NAE_ERA_R-1950_Eesti_Ajakirjanike_Liit, lk 56
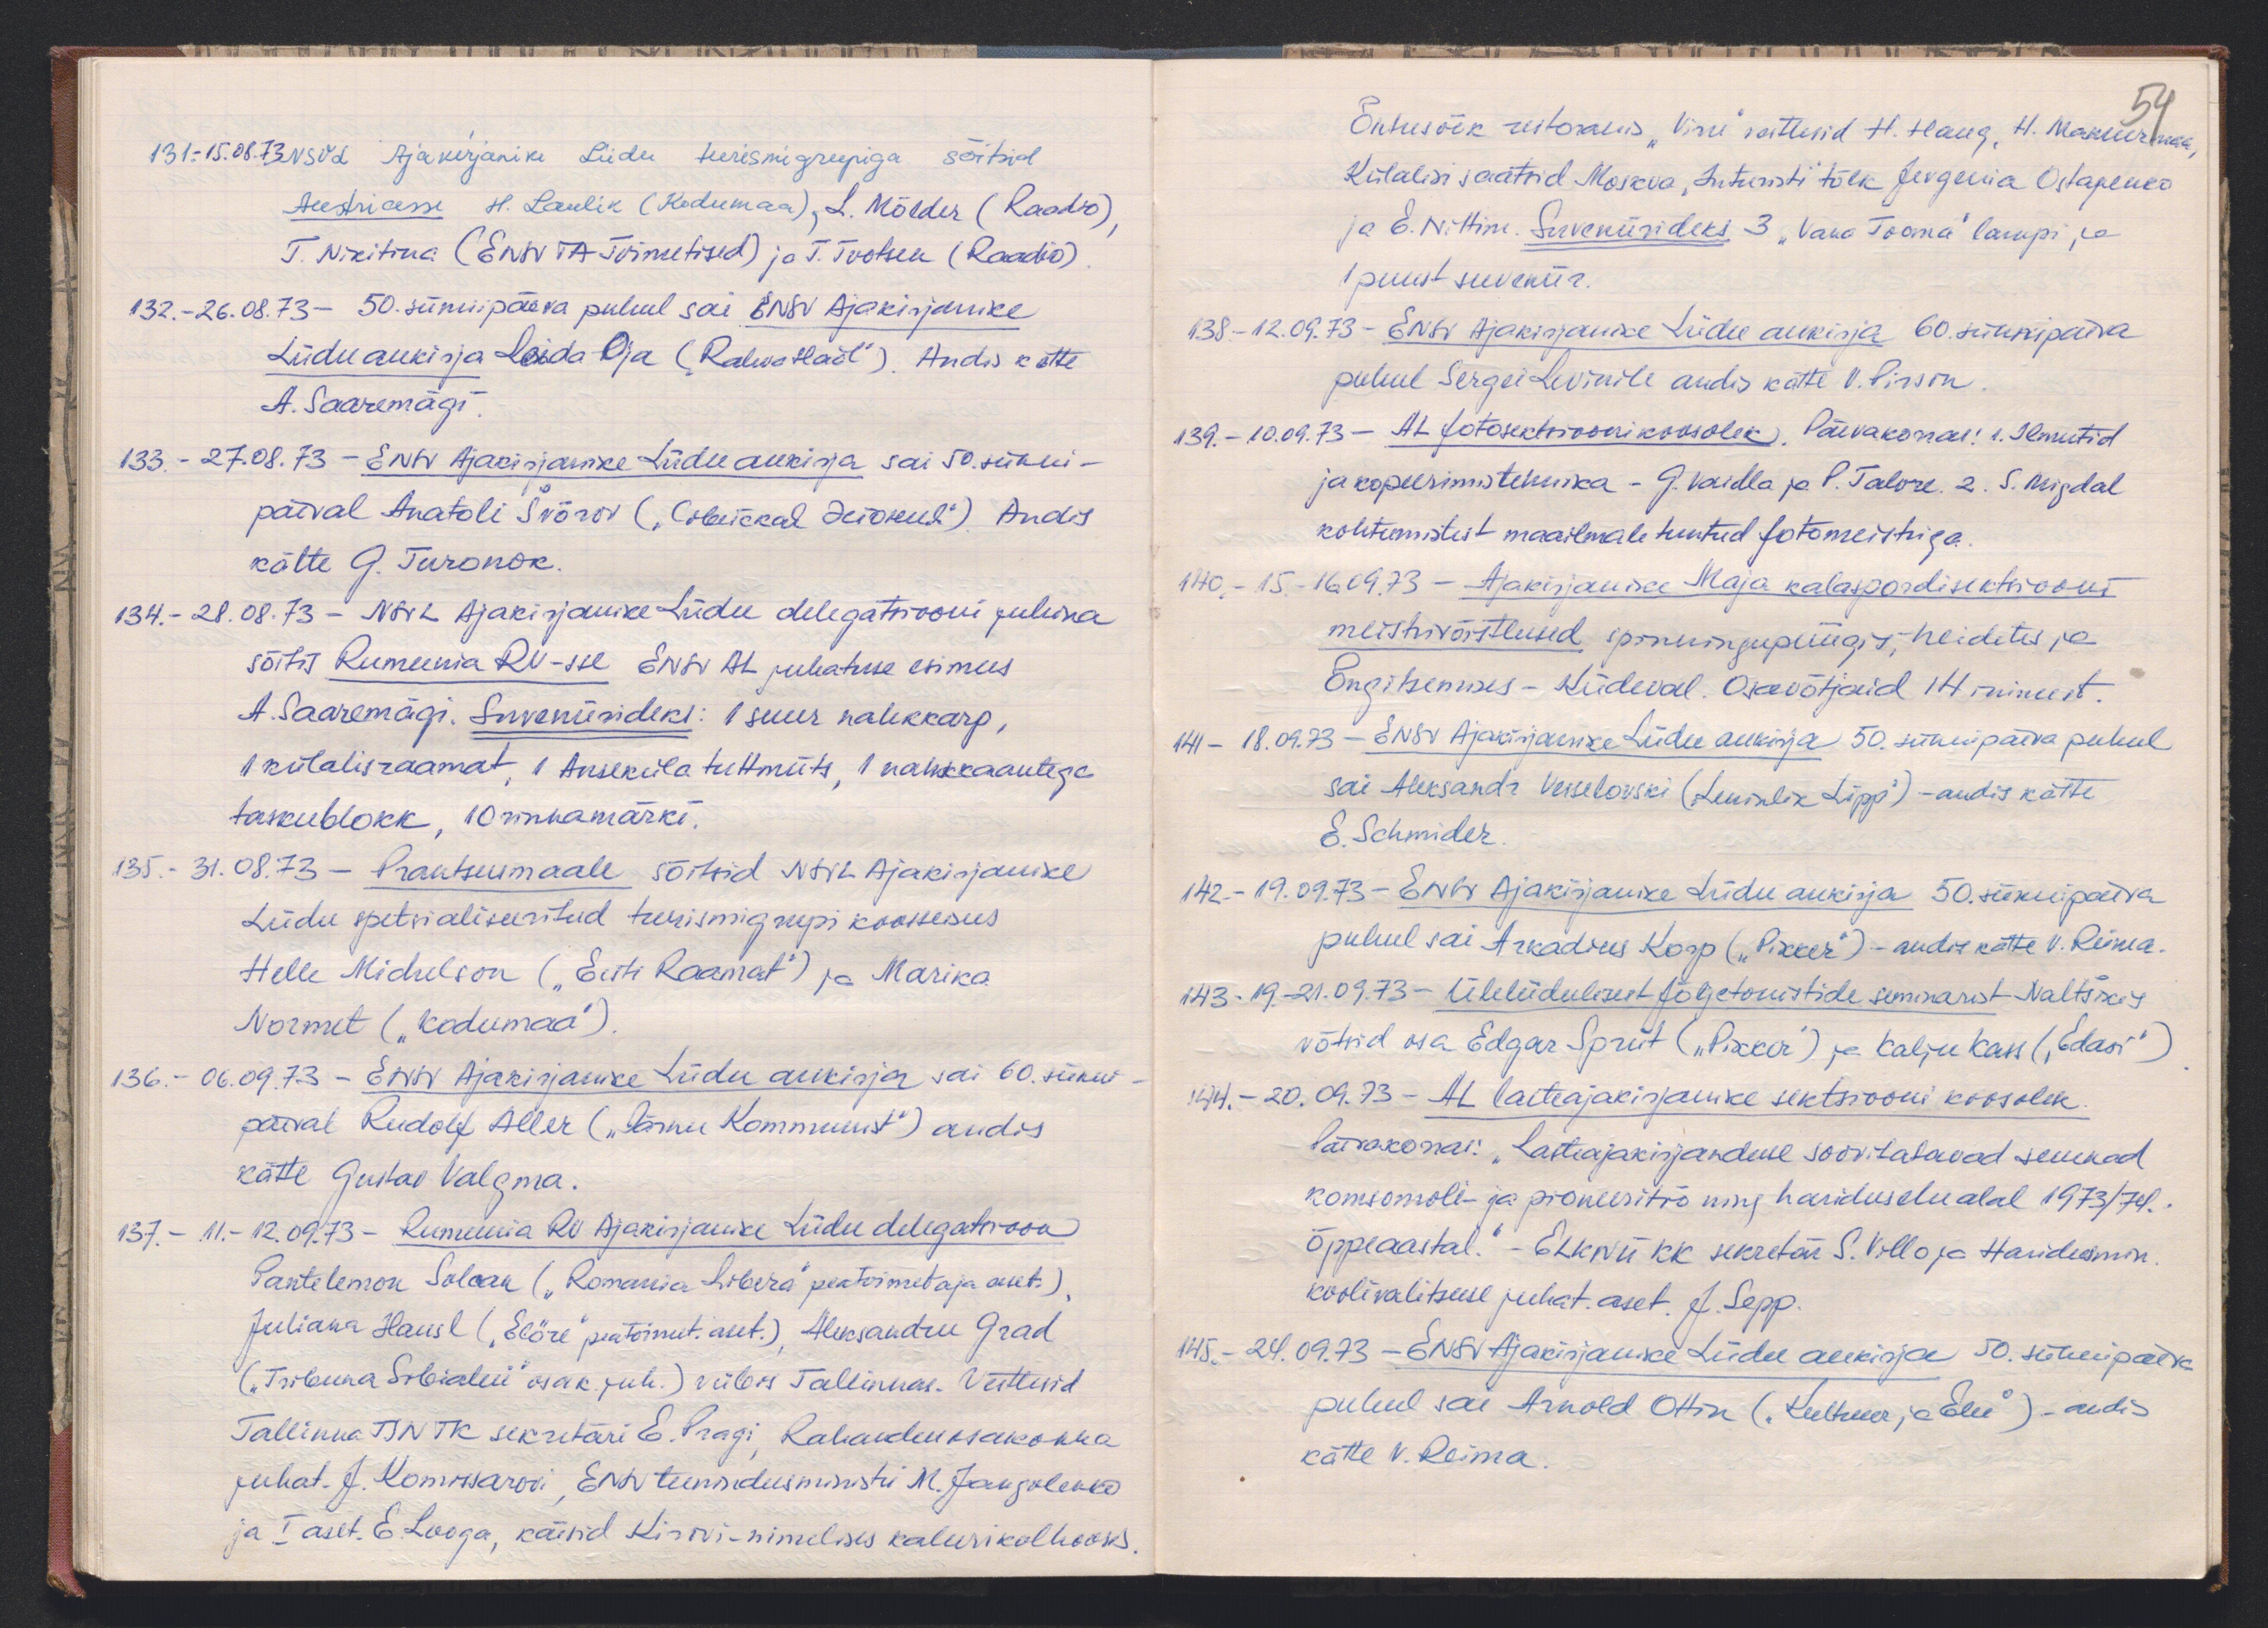
131 - 15.08.73. NSVL Ajakirjanike Liidu turismigrupiga sõitsid
Austriasse H. Laulik (Kodumaa), L. Mölder (Raadio),
T. Nikitina (ENSV TA Toimetised) ja T. Tootsen (Raadio)
132. - 26.08.73 - 50. sünnipäeva puhul sai ENSV Ajakirjanike
Liidu aukirja Leida Oja ("Rahva Hääl"). Andis kätte
A. Saaremägi.
133. - 27.08.73 - ENSV Ajakirjanike Liidu aukirja sai 50. sünni-
päeval Anatoli Švõrov ( "велска" deiokul") Andis
kätte G. Turonok.
134. - 28.08.73 - NSVL Ajakirjanike Liidu delegatsiooni juhina
sõitis Rumeenia RV-sse ENSV AL juhatuse esimees
A. Saaremägi. Suveniirideks: 1 suur nahkkarp,
1 külalisraamat, 1 Anseküla tuttmüts, 1 nahkkaantega
taskublokk, 10 rinnamärki.
135. - 31.08.73 - Prantsusmaale sõitsid NSVL Ajakirjanike
Liidu spetsialiseeritud turismigrupi koosseisus
Helle Michelson ("Eesti Raamat") ja Marika
Normet ("Kodumaa")
136. - 06.09.73 - ENSV Ajakirjanike Liidu aukirja sai 60. sünni
päeval Rudolf Aller ("Pärnu Kommunist") andis
kätte Gustav Valgma.
137. - 11.-12.09.73 - Rumeenia RV. Ajakirjanike Liidu delegatsioon
Pantelemon Soloan ("Romania Libera" peatoimetaja aset.)
Juliana Hausl ("Elöre" peatoimet. aset.) Aleksandru Grad
("Tribuna Srbialni" osak juh.) viibis Tallinnas. Vestlesid
Tallinna TSNTK sekretäri E. Pragi, Rahandusosakonna
juhat. J. Komissarovi, ENSV teenindusministri M. Jangolenko
ja I aset. E. Looga, käisid Kirovi-nimelises kalurikolhoosis

Õhtusöök restoranis "Viru" vestlesid H. Haug, H. Makuurmaa
54
Külalisi saatsid Moskva "Inturisti" tõlk Jevgenia Ostapenko
ja E. Nittim. Suveniirideks 3 "Vana Tooma" lampi ja
1 puust suveniir
138 - 12.39.73 - ENSV Ajakirjanike Liidu aukirja 60. sünnipäeva
puhul Sergei Levinile andis kätte V. Pirson
139. - 10.39.73 - AL fotosektsioonikoosolek Päevakorras: 1. Ilmutid
ja kopeerimistehnika - G. Vaidla ja P. Talvre. 2. S. Migdal
kohtumistest maailmale tuntud fotomeistriga.
140. - 15.-16.04.73 - Ajakirjanike Maja kalaspordisektsiooni
meistrivõistlused spinningupüügis, heidetes ja
õngitsemises - Kiideval. Osavõtjaid 14 inimest.
141 - 18.04.73 - ENSV Ajakirjanike Liidu aukirja 50. sünnipäeva puhul
sai Aleksandr Vesselovski ("Leninlik Lipp") - andis kätte
E. Schmider
142. - 19.39.73 - ENSV Ajakirjanike Liidu aukirja 50. sünnipäeva
puhul sai Arkadius Korp ("Pikker") - andis kätte V. Reima.
143. 19.-21.03.73 - Ülelüldisest följetonistide seminarist Naltšikis
võtsid osa Edgar Spriit ("Pikker") ja Kalju Kass ("Edasi")
144. - 20.09.73 - AL lasteajakirjanike sektsiooni koosolek
Päevakorras: „Lasteajakirjanduse soovitatavad suunad
komsomoli- ja pioneeritöö ning hariduselu alal 1973/74.
õppeaastal." - ELKNÜ KK sekretär S. Villo ja Haridusmin
koolivalitsuse juhat. aset. J. Sepp.
145. 24.09.73 - ENSV Ajakirjanike Liidu aukirja 50. sünnipäeva
puhul sai Arnold Ottin ("Kultuur ja Elu") - andis
kätte V. Reima.